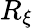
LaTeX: R_{\xi}